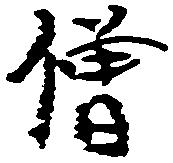
僧